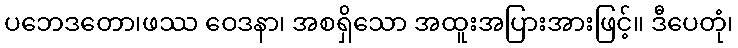
ပဘေဒတော၊ဖဿ ဝေဒနာ၊ အစရှိသော အထူးအပြားအားဖြင့်။ ဒီပေတုံ၊